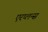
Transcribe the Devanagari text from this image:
एरप्लन्स